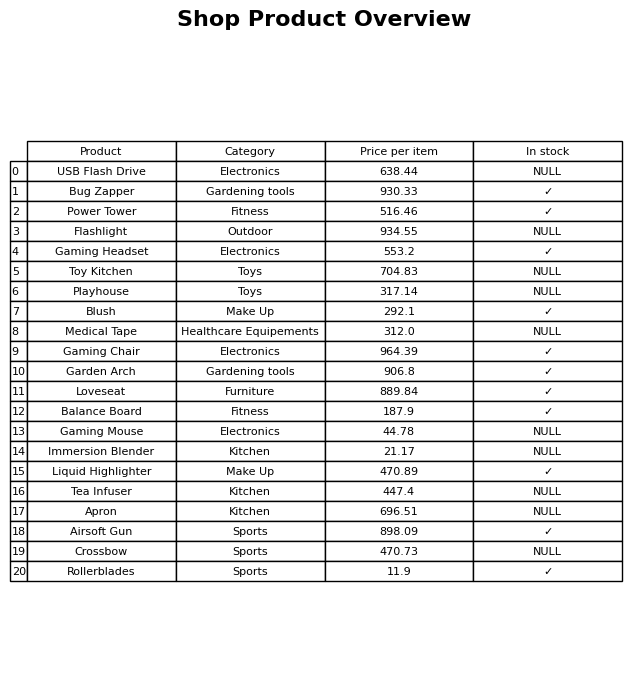
question: What is the price for Bug Zapper?
answer: The price of Bug Zapper is 930.33.